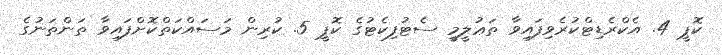
ކޮޕީ 4. އެކްރެޑިޓްކުރެވިފައިވާ ތަޢުލީމީ ސެޓުފިކެޓުގެ ކޮޕީ 5. ކުރިން މަސައްކަތްކޮށްފައިވާ ތަންތަނުގެ